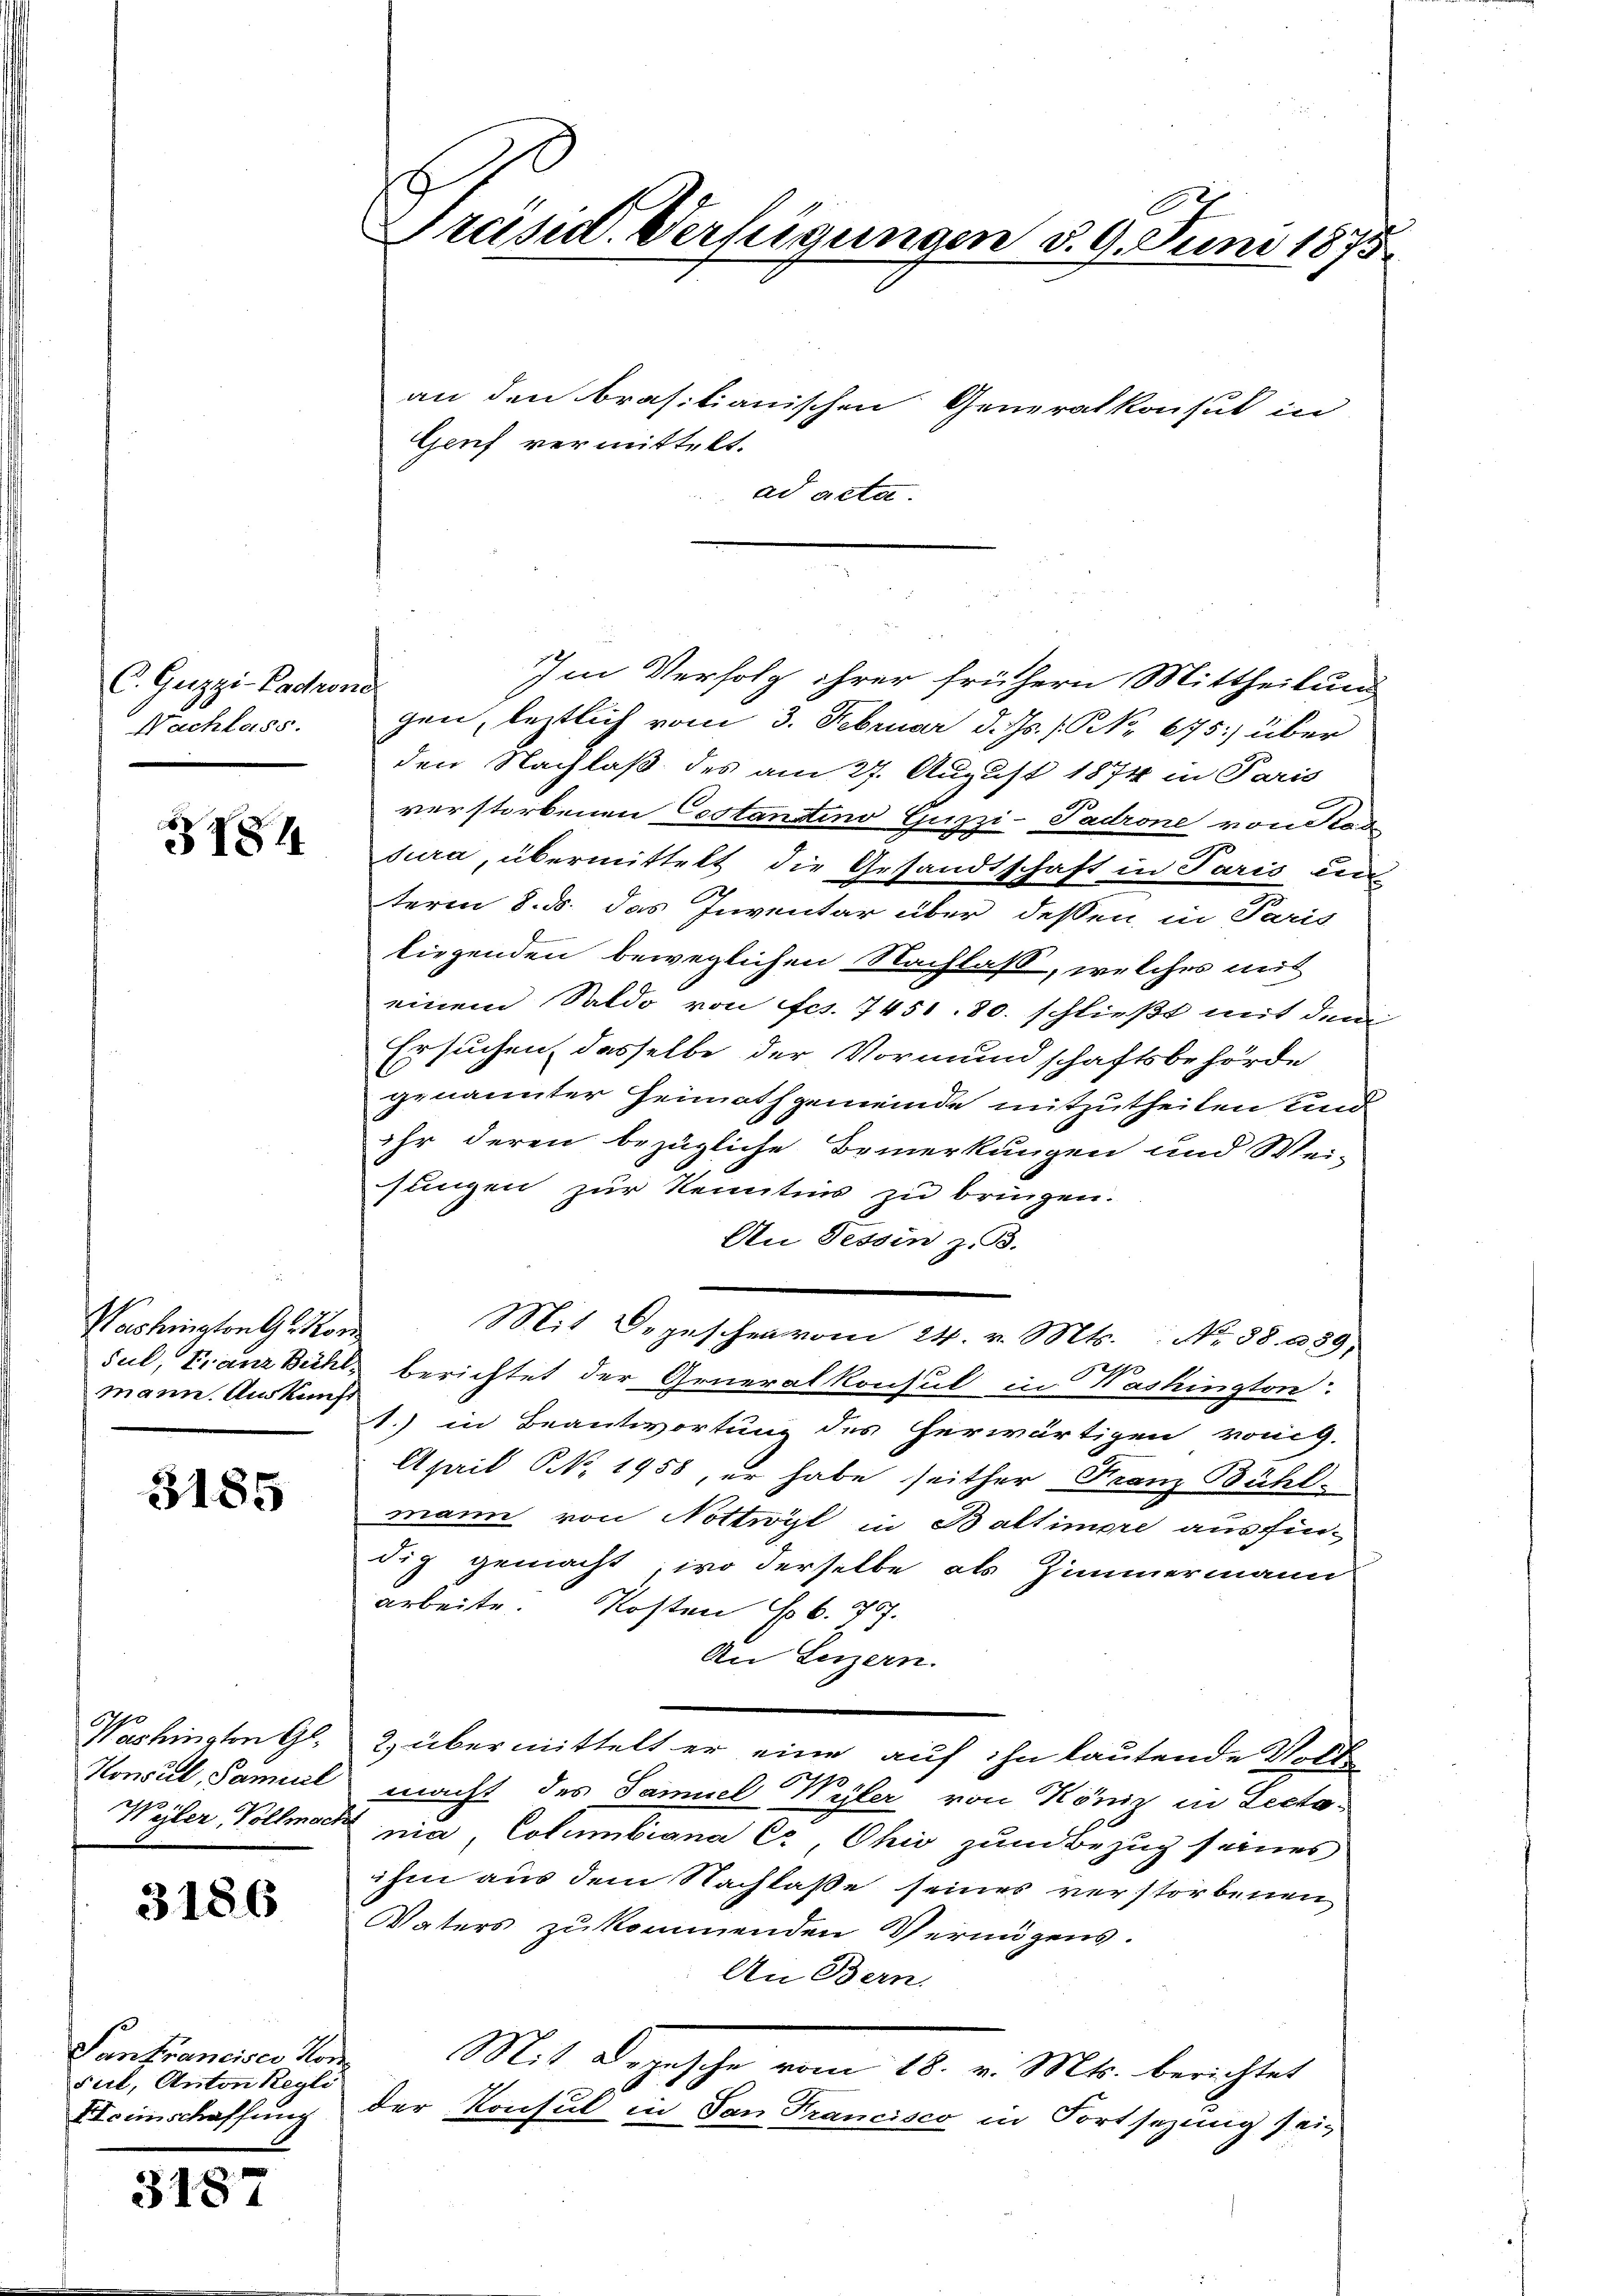
C. Gezzi-Padrone
Nachlass.

B 181

Washington G. Kon
sul, Franz Bühl,
mann. Auskunft

3185

Washingten Gl.
Konsul, Samuel
Wyler, Vollmac

3186

Panfrancisci Nor
Fil, Anton Regli
Heimschaffung

3187

Präsid. Verfügungen d. 9. Juni 1875

Im Verfolg ihrer frühern Mittheilung
gen, leztlich vom 3. Februar d. Js. f. No. 675 über
den Nachlaß des am 27. August 1874 in Paris
verstorbenen Costantino Guzzi-Padrone von Rode
sura, übermittelt die Gesandtschaft in Paris en
term 8. d. das Inventar über dessen in Paris
liegenden beweglichen Nachlass, welches mit
einem Saldo von ffcs. 7451. 80. schließt mit dem
Ersuchen, dasselbe der Vormundschaftsbehörde
genannter Heimathgemeinde mitzutheilen und
ihr deren bezügliche Bemerkungen und Wei-
sungen zur Kenntnis zu bringen.
An Tessin z. B.
Mit Depeschen vom 24. v. Mts.: No 88. 289,
berichtet der Generalkonsul in Washington.
1.) in Beantwortung des herwärtigen könig.
April N. 1958 er habe seither Franz Bühl-
mann von Nottwyl in Baltimore ausfindig gemacht, wo derselbe als Zimmermann
arbeite. Kosten S. 707.
An Luzern.
2) übermittelt er eine auf ihn lautende Voll
macht des Samuel Wyler von Köniz in Lectonia, Columbiana Cr Ohio zum Bezug seines
ihm aus dem Nachlasse seines verstorbenen
Vaters zukommenden Vermögens.
An Bern.
Mit Depesche vom 16. v. Mts. berichtet
der Konsul in San Francisco in Fortsezung sein

an den brasilianischen Generalkonsul in

Genf vermittelt.
ad acta